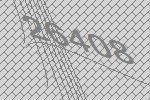
26408